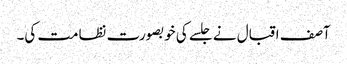
آصف اقبال نے جلسے کی خوبصورت نظامت کی۔